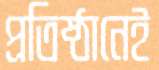
প্রতিষ্ঠানেই